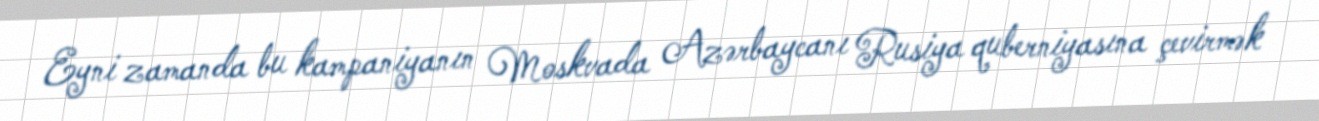
Eyni zamanda bu kampaniyanın Moskvada Azərbaycanı Rusiya quberniyasına çevirmək